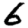
Digit: 6